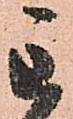
主